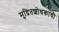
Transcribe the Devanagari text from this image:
मुद्रितशोधकाची